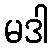
မဒါ